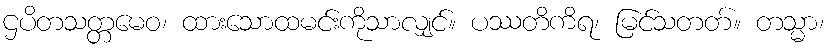
ဌပိတသတ္တမေဝ၊ ထားသောထမင်းကိုသာလျှင်။ ပဿတိကိရ၊ မြင်သတတ်။ တသ္မာ၊